38_143685_box_Incident_Summaries_101-172
Agency: Department of War
Page 93
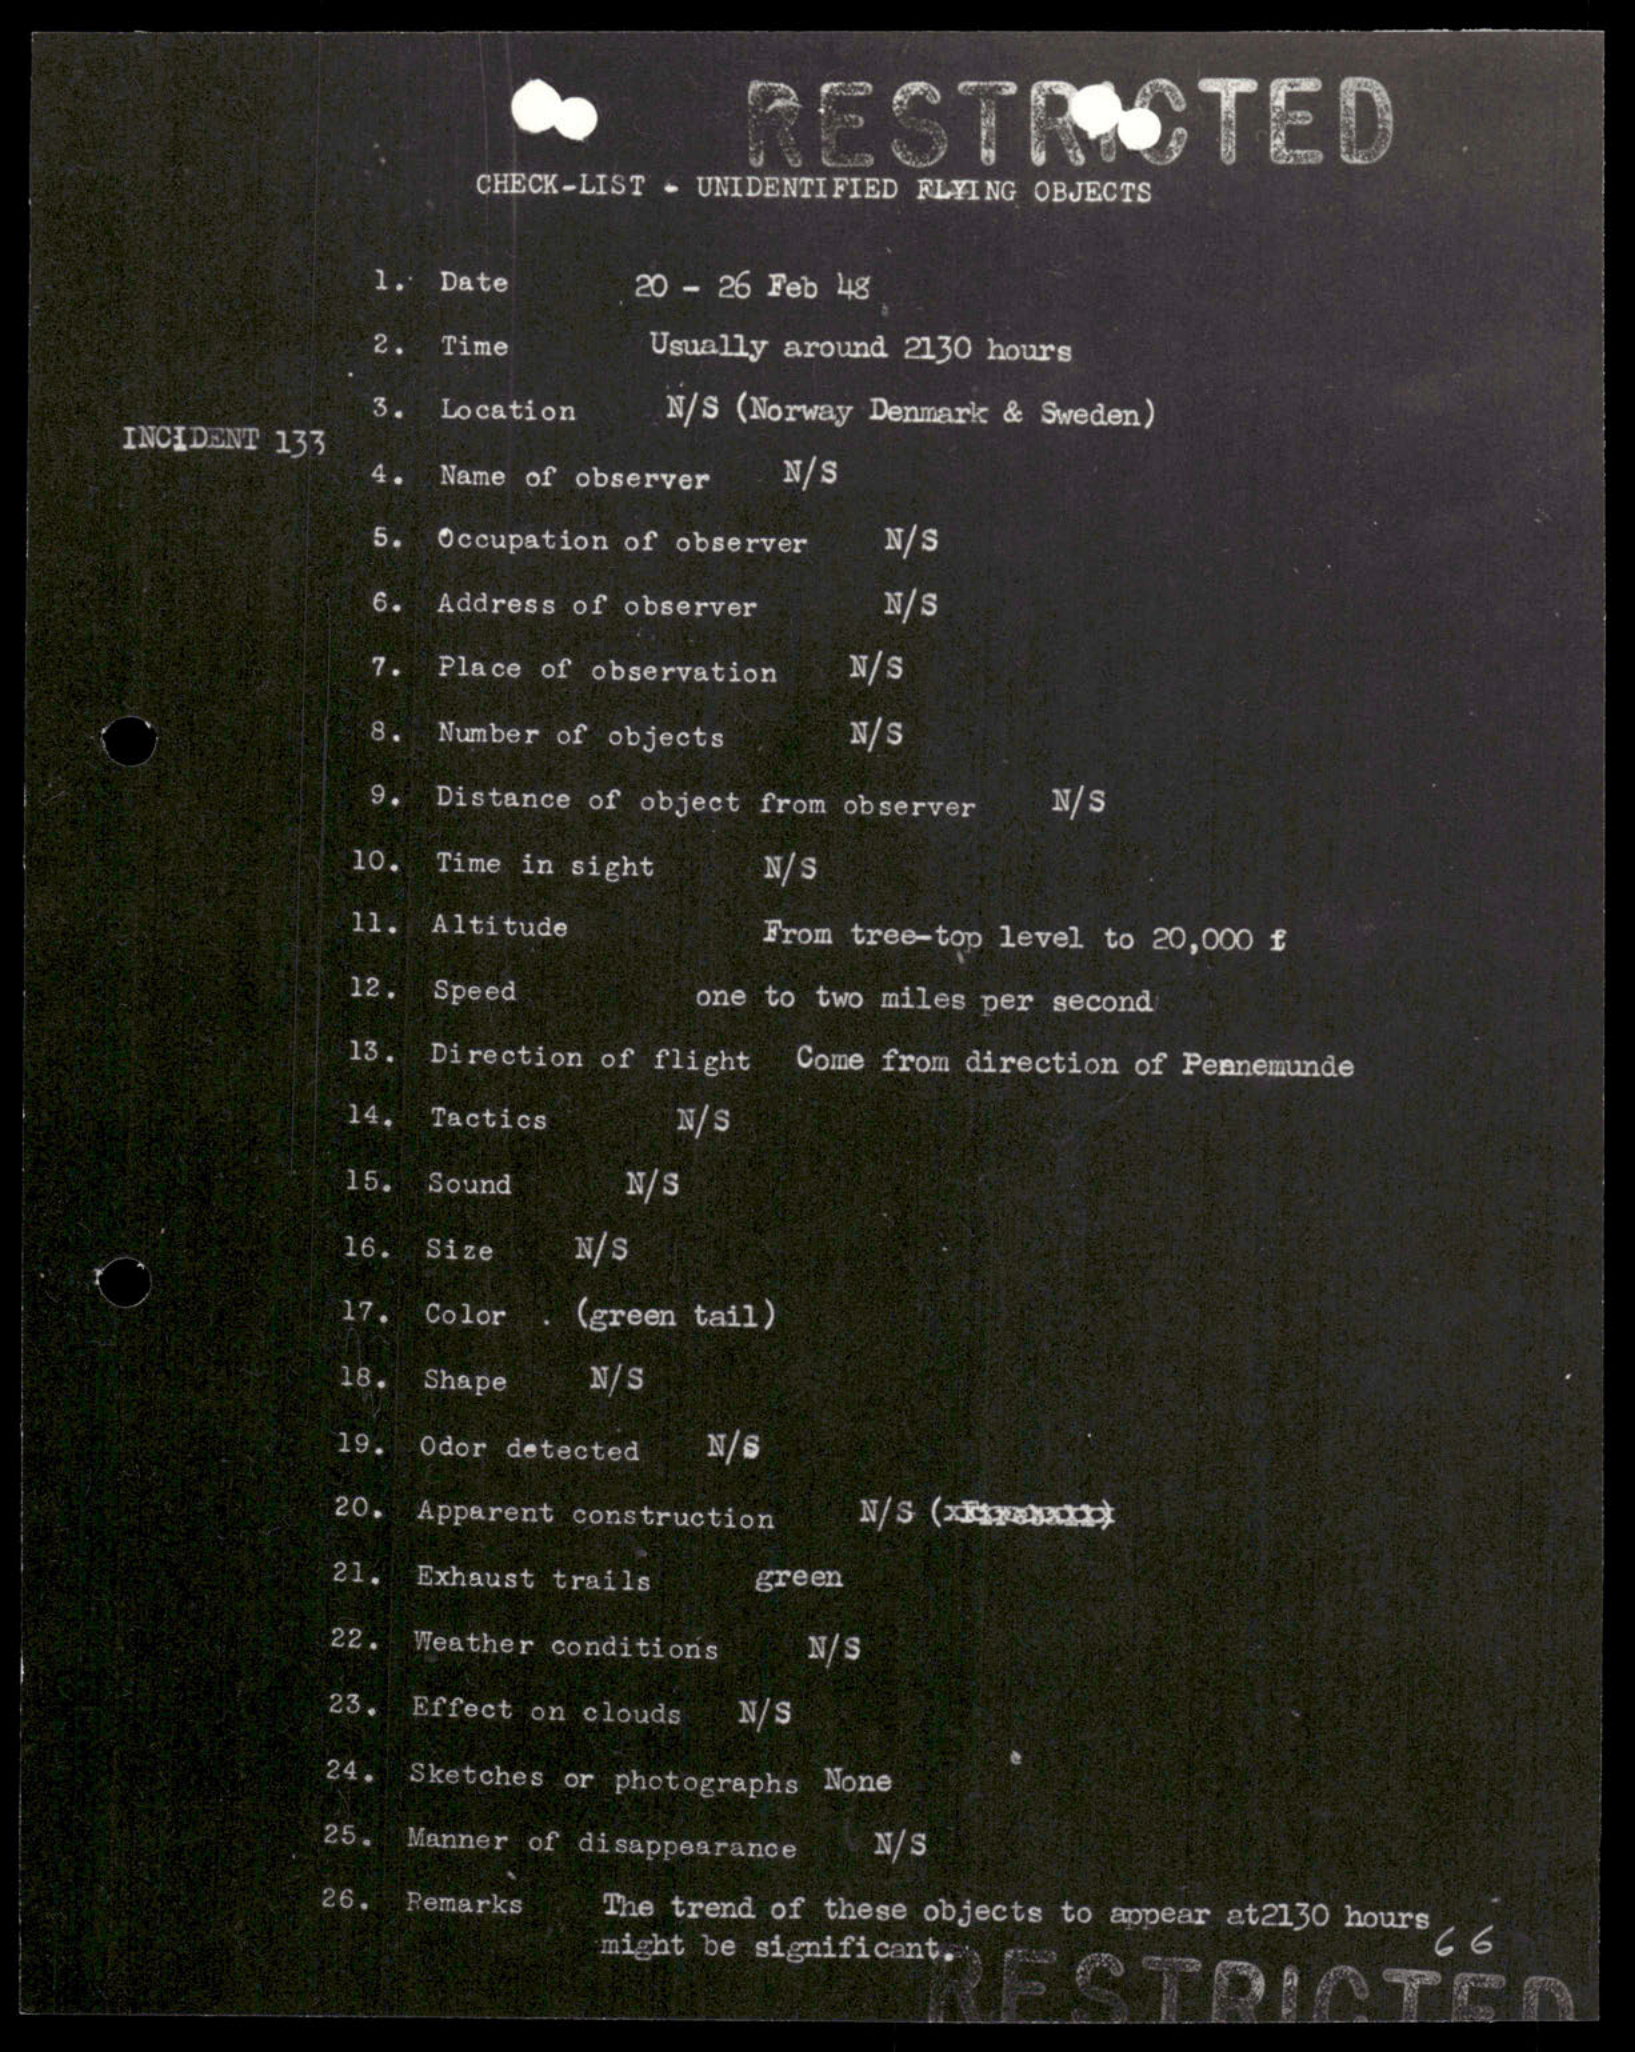